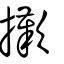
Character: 擹